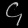
Digit: ၄